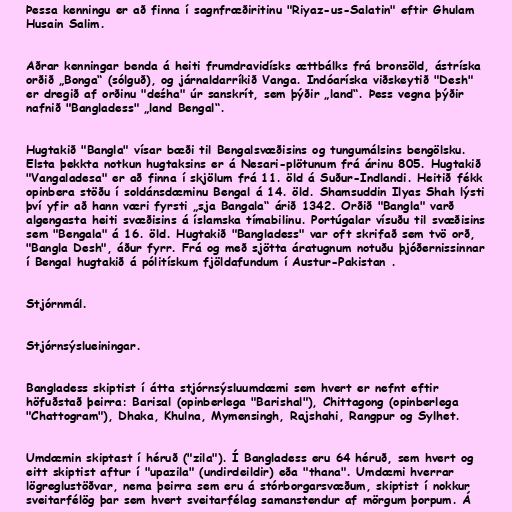
Þessa kenningu er að finna í sagnfræðiritinu "Riyaz-us-Salatin" eftir Ghulam
Husain Salim.

Aðrar kenningar benda á heiti frumdravidísks ættbálks frá bronsöld, ástríska
orðið „Bonga“ (sólguð), og járnaldarríkið Vanga. Indóaríska viðskeytið "Desh"
er dregið af orðinu "deśha" úr sanskrít, sem þýðir „land“. Þess vegna þýðir
nafnið "Bangladess" „land Bengal“.

Hugtakið "Bangla" vísar bæði til Bengalsvæðisins og tungumálsins bengölsku.
Elsta þekkta notkun hugtaksins er á Nesari-plötunum frá árinu 805. Hugtakið
"Vangaladesa" er að finna í skjölum frá 11. öld á Suður-Indlandi. Heitið fékk
opinbera stöðu í soldánsdæminu Bengal á 14. öld. Shamsuddin Ilyas Shah lýsti
því yfir að hann væri fyrsti „sja Bangala“ árið 1342. Orðið "Bangla" varð
algengasta heiti svæðisins á íslamska tímabilinu. Portúgalar vísuðu til svæðisins
sem "Bengala" á 16. öld. Hugtakið "Bangladess" var oft skrifað sem tvö orð,
"Bangla Desh", áður fyrr. Frá og með sjötta áratugnum notuðu þjóðernissinnar
í Bengal hugtakið á pólitískum fjöldafundum í Austur-Pakistan .

Stjórnmál.

Stjórnsýslueiningar.

Bangladess skiptist í átta stjórnsýsluumdæmi sem hvert er nefnt eftir
höfuðstað þeirra: Barisal (opinberlega "Barishal"), Chittagong (opinberlega
"Chattogram"), Dhaka, Khulna, Mymensingh, Rajshahi, Rangpur og Sylhet.

Umdæmin skiptast í héruð ("zila"). Í Bangladess eru 64 héruð, sem hvert og
eitt skiptist aftur í "upazila" (undirdeildir) eða "thana". Umdæmi hverrar
lögreglustöðvar, nema þeirra sem eru á stórborgarsvæðum, skiptist í nokkur
sveitarfélög þar sem hvert sveitarfélag samanstendur af mörgum þorpum. Á